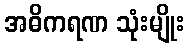
အဓိကရဏ သုံးမျိုး